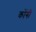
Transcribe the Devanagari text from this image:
कोंगी